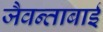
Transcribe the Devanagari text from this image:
जैवन्ताबाई